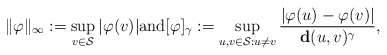
\begin{align*}\|\varphi\|_{\infty}: = \sup_{v \in \mathcal{S}} |\varphi(v)|\mbox{and} [\varphi]_{\gamma} : = \sup_{u, v \in \mathcal{S}: u \neq v} \frac{|\varphi(u) - \varphi(v)|}{\mathbf{d}(u, v)^{\gamma}}, \end{align*}